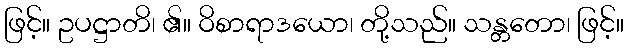
ဖြင့်။ ဥပဋ္ဌာတိ၊ ၏။ ဝိစာရာဒယော၊ တို့သည်။ သန္တတော၊ ဖြင့်။